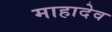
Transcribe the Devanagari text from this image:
माहादेव